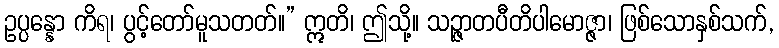
ဥပ္ပန္နော ကိရ၊ ပွင့်တော်မူသတတ်။” ဣတိ၊ ဤသို့။ သဉ္ဇာတပီတိပါမောဇ္ဇာ၊ ဖြစ်သောနှစ်သက်,